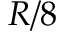
R / 8